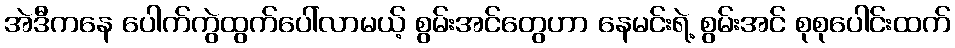
အဲဒီကနေ ပေါက်ကွဲထွက်ပေါ်လာမယ့် စွမ်းအင်တွေဟာ နေမင်းရဲ့ စွမ်းအင် စုစုပေါင်းထက်